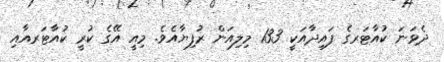
ދެވަނަ ކުއާޓަރގެ ފައިދާއަކީ 133 މިލިއަން ރުފިޔާއެވެ. މިއީ އޭގެ ކުރީ ކުއާޓަރއާއި